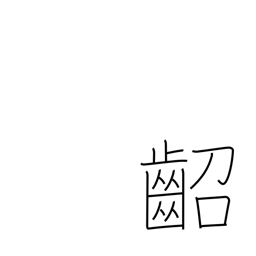
Meaning: young child